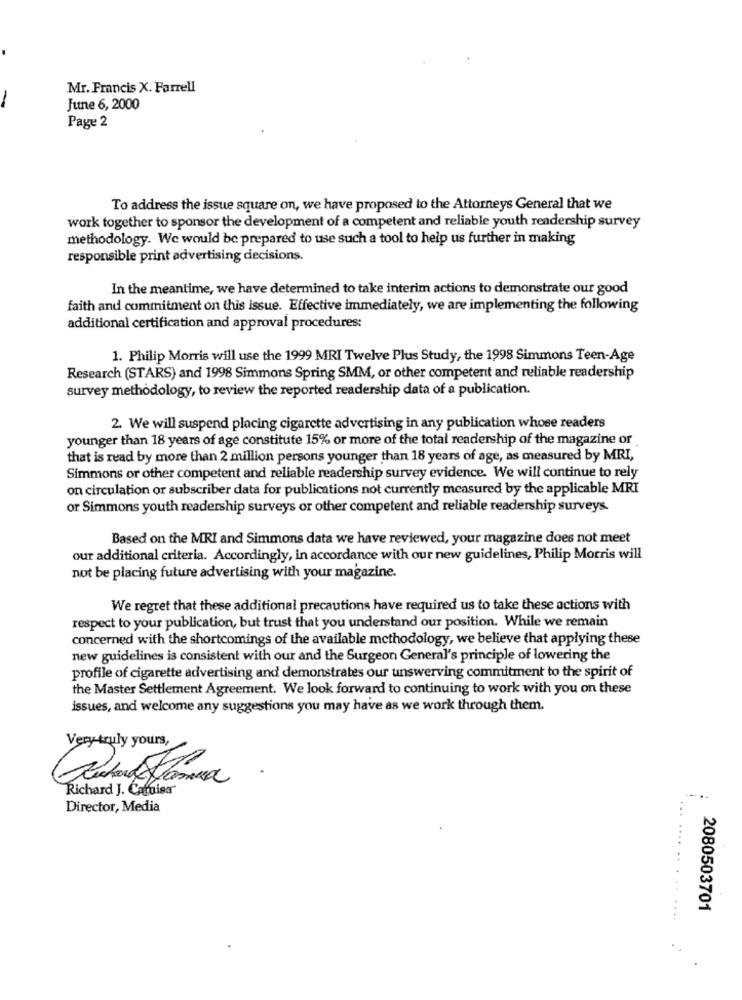
Mr. Francis X. Farrell
June 6, 2000
Page 2
To address the issue square on, we have proposed to the Attorneys General that we
work together to sponsor the development of a competent and reliable youth readership survey
methodology. We would be prepared to use such a tool to help us further in making
responsible print advertising decisions.
In the meantime, we have determined to take interim actions to demonstrate our good
faith and commitment on this issue. Effective immediately, we are implementing the following
additional certification and approval procedures:
1. Philip Morris will use the 1999 MRI Twelve Plus Study, the 1998 Simmons Teen-Age
Research (STARS) and 1998 Simmons Spring SMM, or other competent and reliable readership
survey methodology, to review the reported readership data of a publication.
2. We will suspend placing cigarette advertising in any publication whose readers
younger than 18 years of age constitute 15% or more of the total readership of the magazine or
that is read by more than 2 million persons younger than 18 years of age, as measured by MRI,
Simmons or other competent and reliable readership survey evidence. We will continue to rely
on circulation or subscriber data for publications not currently measured by the applicable MRI
or Simmons youth readership surveys or other competent and reliable readership surveys.
Based on the MRI and Simmons data we have reviewed, your magazine does not meet
our additional criteria. Accordingly, in accordance with our new guidelines, Philip Morris will
not be placing future advertising with your magazine.
We regret that these additional precautions have required us to take these actions with
respect to your publication, but trust that you understand our position. While we remain
concerned with the shortcomings of the available methodology, we believe that applying these
new guidelines is consistent with our and the Surgeon General's principle of lowering the
profile of cigarette advertising and demonstrates our unswerving commitment to the spirit of
the Master Settlement Agreement. We look forward to continuing to work with you on these
issues, and welcome any suggestions you may have as we work through them.
Very truly yours,
Richard J. Camuisa
Director, Media
... ....
2080503701
...